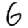
Digit: 6